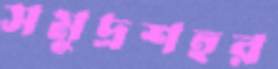
সমুদ্রশহর